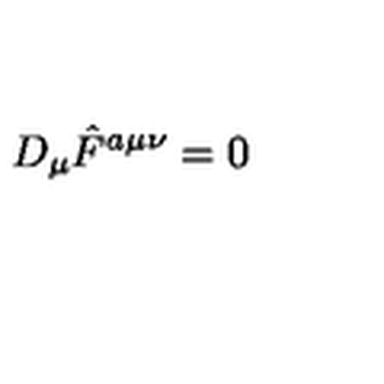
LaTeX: D _ { \mu } \hat { F } ^ { a \mu \nu } = 0